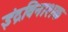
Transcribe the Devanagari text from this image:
इंद्रविनाशक